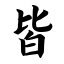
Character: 皆